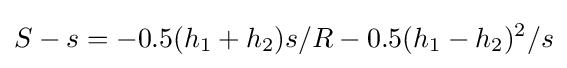
S-s=-0.5(h_{1}+h_{2})s/R-0.5(h_{1}-h_{2})^{2}/s